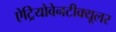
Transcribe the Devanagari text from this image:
ऐट्रियोवेनटीक्यूलर